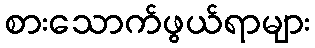
စားသောက်ဖွယ်ရာများ